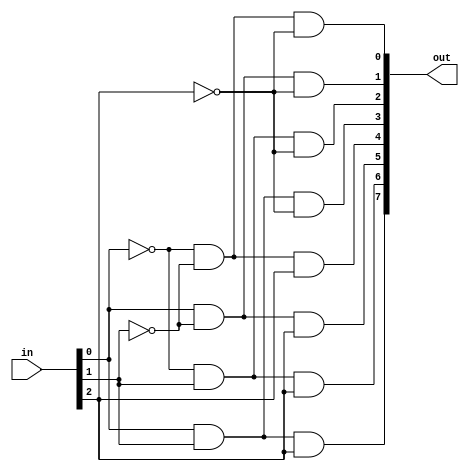
module decoder_8_3 (in, out);
    input [2:0] in;
    output [7:0] out;

    wire [2:0] nin;

    not(nin[0], in[0]);
    not(nin[1], in[1]);
    not(nin[2], in[2]);

    and(out[0], nin[0], nin[1], nin[2]);
    and(out[1], in[0], nin[1], nin[2]);
    and(out[2], nin[0], in[1], nin[2]);
    and(out[3], in[0], in[1], nin[2]);
    and(out[4], nin[0], nin[1], in[2]);
    and(out[5], in[0], nin[1], in[2]);
    and(out[6], nin[0], in[1], in[2]);
    and(out[7], in[0], in[1], in[2]);
endmodule

module full_adder (x, y, z, sum, carry);
    input x, y, z;
    output sum, carry;

    wire [2:0] in = {x, y, z};
    wire [7:0] temp;

    decoder_8_3 decode (in, temp);

    assign sum = temp[1] || temp[2] || temp[4] || temp[7];
    assign carry = temp[3] || temp[5] || temp[6] || temp[7];
endmodule

module testbench;
    reg [2:0] in;
    wire sum, carry;

    full_adder fa (in[2], in[1], in[0], sum, carry);

    initial
        begin
            $monitor($time, " in=%b | sum=%b, carry=%b", in, sum, carry);
            #0 in=3'b000;
            #1 in=3'b001;
            #1 in=3'b010;
            #1 in=3'b011;
            #1 in=3'b100;
            #1 in=3'b101;
            #1 in=3'b110;
            #1 in=3'b111;
        end
endmodule